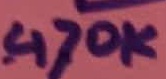
Text: 470K